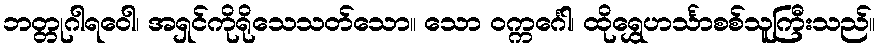
ဘတ္တုဂါရဝေါ၊ အရှင်ကိုရိုသေသတ်သော။ သော ဝက္ကင်္ဂေါ၊ ထိုရွှေဟင်္သာစစ်သူကြီးသည်။